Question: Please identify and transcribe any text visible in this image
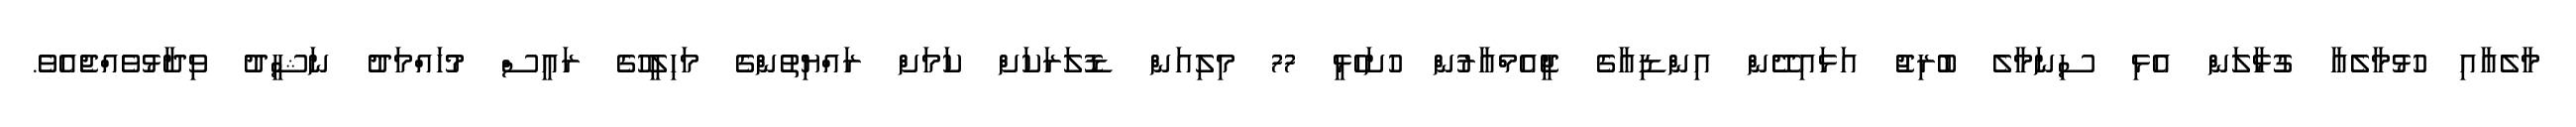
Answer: މާލެއާއި ހުޅުމާލެއާ ގުޅާލަން އެޅި ސިނަމާލެ ބުރިޖު އަޅައިދޭން އިންޑިއާގެ ޖީއެމްއާރުން ހުށަހެޅީ 77 މިލިއަން ޑޮލަރަކަށް ކަމަށް ރައްޔިތުންގެ މަހިލީހުގެ ރައީސް މުހައްމަދު ނަޝީދު ވިދާޅުވެއްޖެއެވެ.